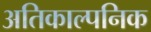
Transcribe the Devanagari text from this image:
अतिकाल्पनिक